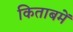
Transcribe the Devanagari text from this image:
किताबमें